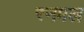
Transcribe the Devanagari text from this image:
रनमल